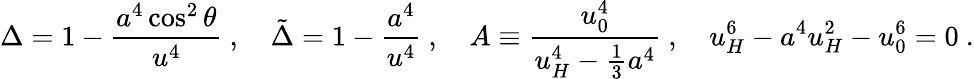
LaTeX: \Delta=1-{\frac{a^{4}\cos^{2}\theta}{u^{4}}}\ ,\ \ \ \ \tilde{\Delta}=1-{\frac{a^{4}}{u^{4}}}\ ,\ \ \ \ A\equiv{\frac{u_{0}^{4}}{u_{H}^{4}-\frac{1}{3}a^{4}}}\ ,\ \ \ \ u_{H}^{6}-a^{4}u_{H}^{2}-u_{0}^{6}=0\ .